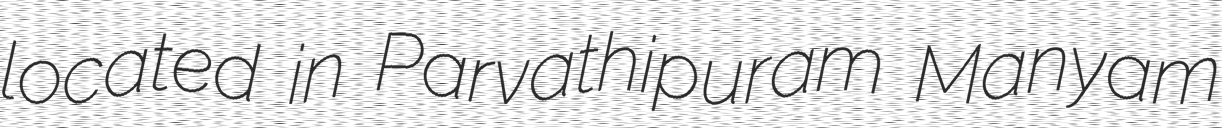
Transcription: located in Parvathipuram Manyam